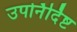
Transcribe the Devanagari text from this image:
उपर्निर्दिष्ट